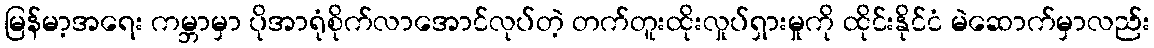
မြန်မာ့အရေး ကမ္ဘာမှာ ပိုအာရုံစိုက်လာအောင်လုပ်တဲ့ တက်တူးထိုးလှုပ်ရှားမှုကို ထိုင်းနိုင်ငံ မဲဆောက်မှာလည်း